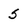
Character: 5